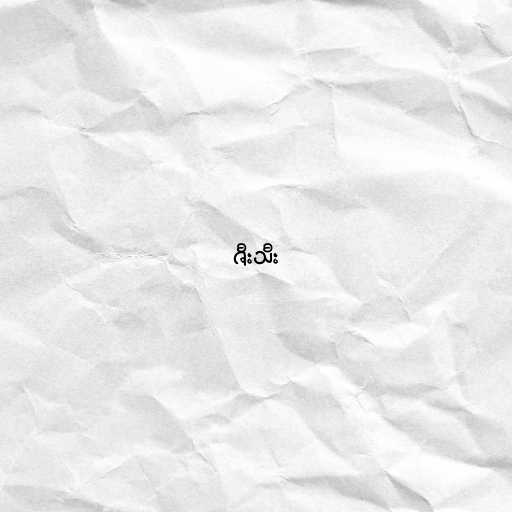
ဇီးသီး